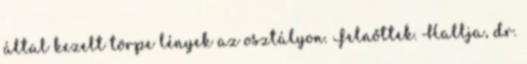
által kezelt törpe lények az osztályon. Felnőttek. Hallja, dr.